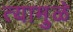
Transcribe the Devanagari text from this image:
त्यामु़ळे